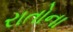
રાતોના